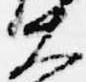
大